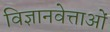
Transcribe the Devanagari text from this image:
विज्ञानवेत्ताओं